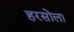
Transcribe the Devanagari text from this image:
हरसोला